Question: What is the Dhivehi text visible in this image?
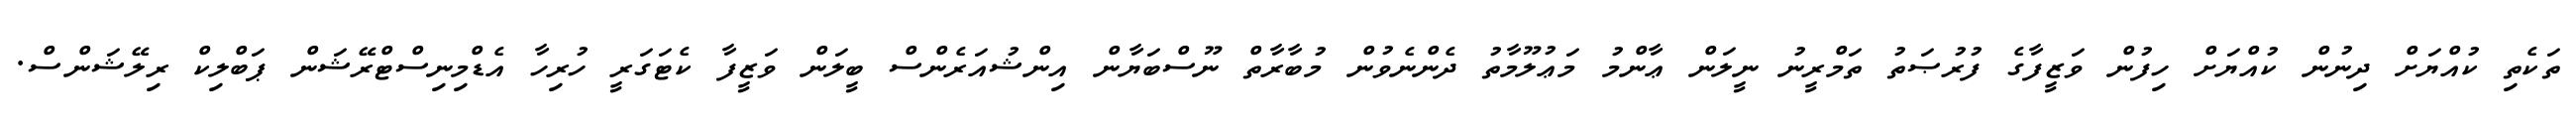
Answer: ތަކެތި ކުއްޔަށް ދިނުން ކުއްޔަށް ހިފުން ވަޒީފާގެ ފުރުޞަތު ތަމްރީނު ނީލަން ޢާންމު މަޢުލޫމާތު ދެންނެވުން މުބާރާތް ނޫސްބަޔާން އިންޝުއަރެންސް ބީލަން ވަޒީފާ ކެޓަގަރީ ހުރިހާ އެޑްމިނިސްޓްރޭޝަން ޕަބްލިކް ރިލޭޝަންސް.